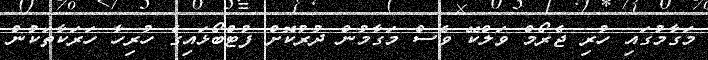
މަގާމުގައި ހުރި ޖެރޯމް ވަލްކޭ ވެސް މަގާމުން ދުރުކޮށް ފުޓްބޯޅައިގެ ހުރިހާ ހަރަކާތަކުން